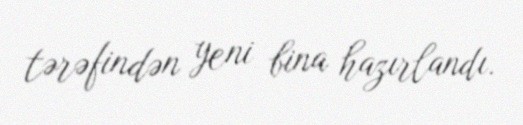
tərəfindən yeni bina hazırlandı.